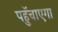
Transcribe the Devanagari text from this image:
पहुॅचाएगा